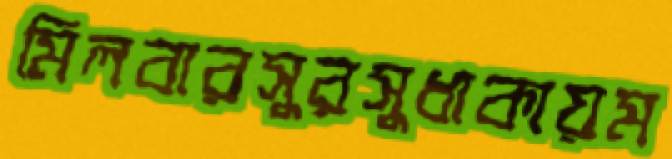
মিলবারসুরসুধাকায়ম